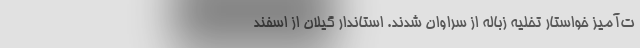
ت‌آميز خواستار تخلیه زباله از سراوان شدند. استاندار گیلان از اسفند